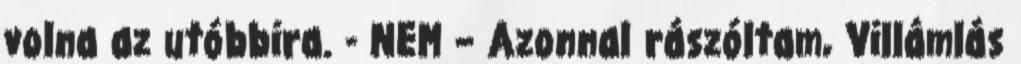
volna az utóbbira. - NEM – Azonnal rászóltam, Villámlás